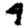
Digit: 4